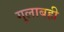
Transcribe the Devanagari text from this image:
गुलाबही